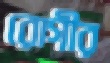
রোগীর